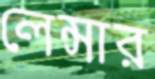
লেন্সার